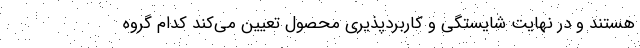
هستند و در نهایت شایستگی و کاربردپذیری محصول تعیین می‌کند کدام گروه